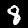
Label: 8